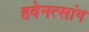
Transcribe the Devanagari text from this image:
हवेनत्सांग